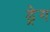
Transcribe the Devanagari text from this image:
ड्रेग